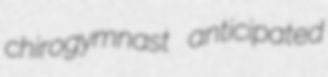
chirogymnast anticipated